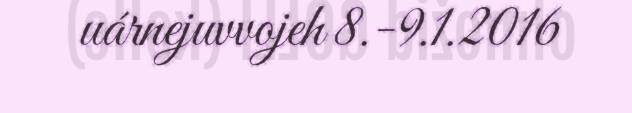
uárnejuvvojeh 8.-9.1.2016